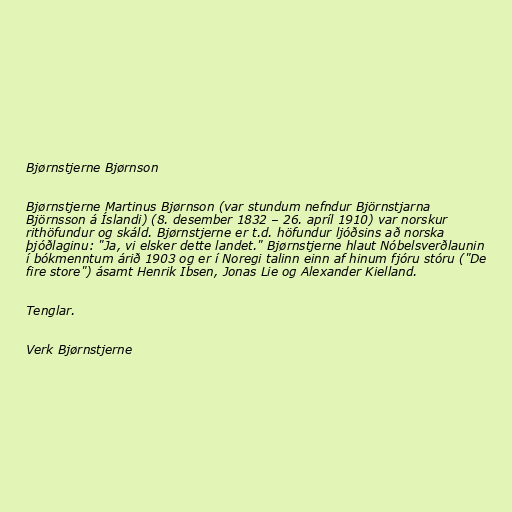
Bjørnstjerne Bjørnson

Bjørnstjerne Martinus Bjørnson (var stundum nefndur Björnstjarna
Björnsson á Íslandi) (8. desember 1832 – 26. apríl 1910) var norskur
rithöfundur og skáld. Bjørnstjerne er t.d. höfundur ljóðsins að norska
þjóðlaginu: "Ja, vi elsker dette landet." Bjørnstjerne hlaut Nóbelsverðlaunin
í bókmenntum árið 1903 og er í Noregi talinn einn af hinum fjóru stóru ("De
fire store") ásamt Henrik Ibsen, Jonas Lie og Alexander Kielland.

Tenglar.

Verk Bjørnstjerne